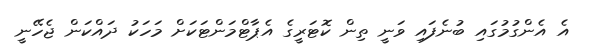
އެ އެންގުމުގައި ބުނެފައި ވަނީ ތިން ކޮޓަރީގެ އެޕާޓްމަންޓަކަށް މަހަކު ދައްކަން ޖެހޭނީ